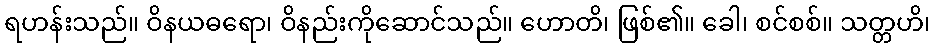
ရဟန်းသည်။ ဝိနယဓရော၊ ဝိနည်းကိုဆောင်သည်။ ဟောတိ၊ ဖြစ်၏။ ခေါ၊ စင်စစ်။ သတ္တဟိ၊